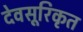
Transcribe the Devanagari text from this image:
देवसूरिकृत